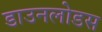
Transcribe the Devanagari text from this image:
डाउनलोडस